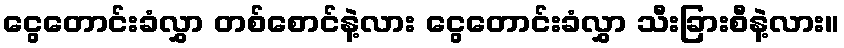
ငွေတောင်းခံလွှာ တစ်စောင်နဲ့လား ငွေတောင်းခံလွှာ သီးခြားစီနဲ့လား။